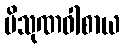
ပိသုဏဝါစာယ